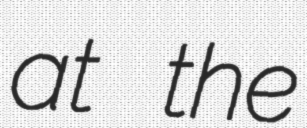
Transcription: at the